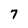
Character: 7